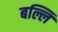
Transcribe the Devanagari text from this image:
बल्लि